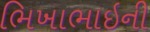
ભિખાભાઇની